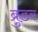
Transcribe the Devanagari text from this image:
ब्रुडर